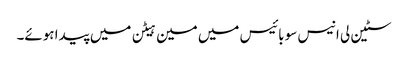
سٹین لی انیس سو بائیس میں مین ہیٹن میں پیدا ہوئے۔